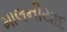
માલનીયાદ